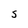
Character: S